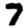
Digit: 7